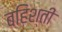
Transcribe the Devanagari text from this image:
बहिश्ती